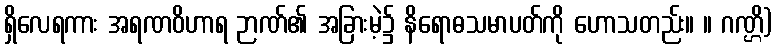
ရှိလေရကား အရဏဝိဟာရ ဉာဏ်၏ အခြားမဲ့၌ နိရောဓသမာပတ်ကို ဟောသတည်း။ ။ ဂဏ္ဌိ)